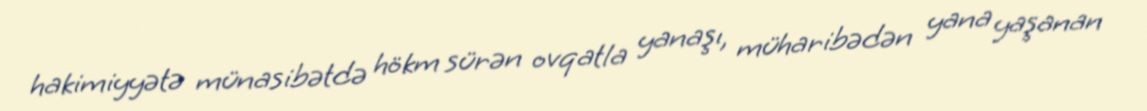
hakimiyyətə münasibətdə hökm sürən ovqatla yanaşı, müharibədən yana yaşanan